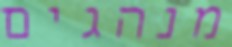
מנהגים